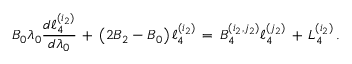
B _ { 0 } \lambda _ { 0 } { \frac { d \ell _ { 4 } ^ { ( i _ { 2 } ) } } { d \lambda _ { 0 } } } \, + \, \left( 2 B _ { 2 } - B _ { 0 } \right) \ell _ { 4 } ^ { ( i _ { 2 } ) } \, = \, B _ { 4 } ^ { ( i _ { 2 } , j _ { 2 } ) } \ell _ { 4 } ^ { ( j _ { 2 } ) } \, + \, L _ { 4 } ^ { ( i _ { 2 } ) } \, .